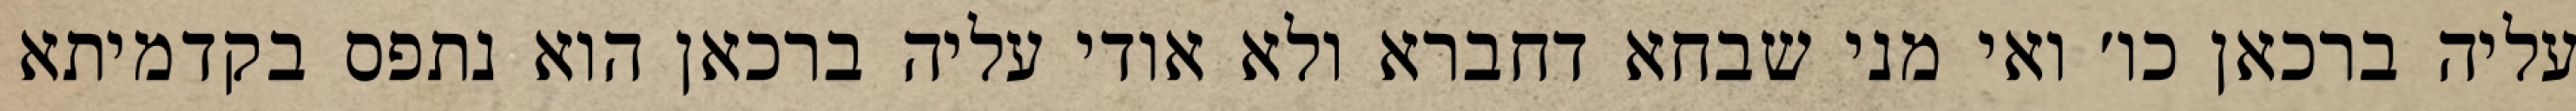
עליה ברכאן כו׳ ואי מני שבחא דחברא ולא אודי עליה ברכאן הוא נתפס בקדמיתא